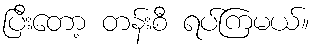
ပြီးတော့ တန်းစီ ရပ်ကြမယ်။